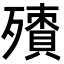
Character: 𣩬